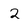
Character: 2